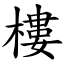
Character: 樓